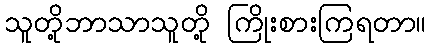
သူတို့ဘာသာသူတို့ ကြိုးစားကြရတာ။